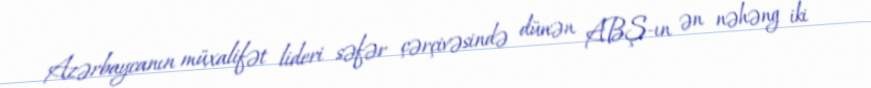
Azərbaycanın müxalifət lideri səfər çərçivəsində dünən ABŞ-ın ən nəhəng iki